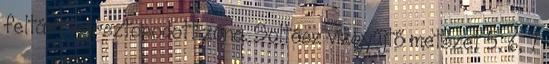
feltárt karsztosodott zóna. Soltész vízgyűjtő metszet 5, 6, 7